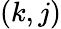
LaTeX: (k,j)